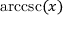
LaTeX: \operatorname { a r c c s c } ( x )